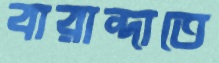
বারান্দাতে